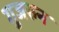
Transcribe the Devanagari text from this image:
गुजरुन